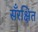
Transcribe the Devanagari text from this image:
सँरक्षित